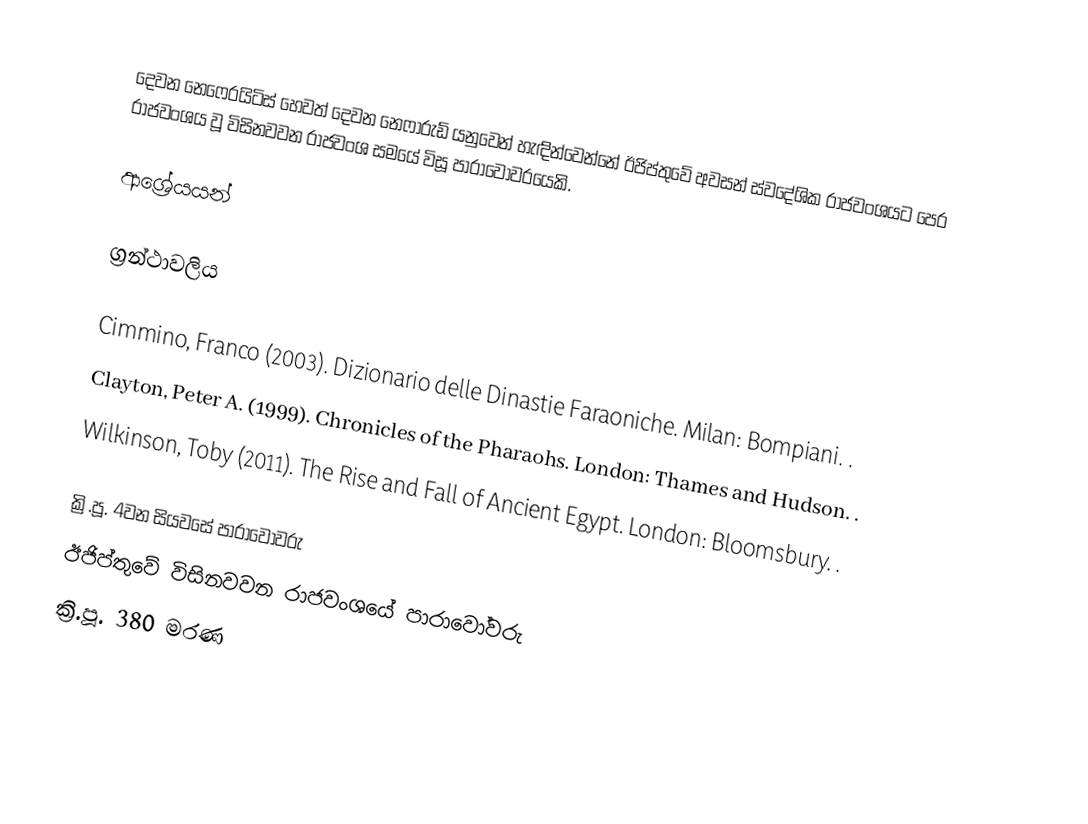
දෙවන නෙෆෙරයිටිස් හෙවත් දෙවන නෙෆාරුඩ් ‍යනුවෙන් හැඳින්වෙන්නේ ඊජිප්තුවේ අවසන් ස්වදේශික රාජවංශයට පෙර රාජවංශය වූ විසිනවවන රාජවංශ සමයේ විසූ පාරාවෝවරයෙකි.

ආශ්‍රේයයන්

ග්‍රන්ථාවලිය

 Cimmino, Franco (2003). Dizionario delle Dinastie Faraoniche. Milan: Bompiani. .
 Clayton, Peter A. (1999). Chronicles of the Pharaohs. London: Thames and Hudson. .
 Wilkinson, Toby (2011). The Rise and Fall of Ancient Egypt. London: Bloomsbury. .

ක්‍රි.පූ. 4වන සියවසේ පාරාවෝවරු
ඊජිප්තුවේ විසිනවවන රාජවංශයේ පාරාවෝවරු
ක්‍රි.පූ. 380 මරණ